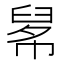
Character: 𦥱